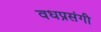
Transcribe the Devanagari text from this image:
वधप्रसंगी